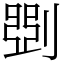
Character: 㓸